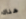
هناك